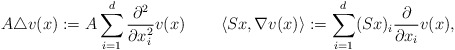
\begin{align*} A\triangle v(x):=A\sum_{i=1}^{d}\frac{\partial^2}{\partial x_i^2}v(x)\quad\quad\left\langle Sx,\nabla v(x)\right\rangle:=\sum_{i=1}^{d}(Sx)_i\frac{\partial}{\partial x_i}v(x),\end{align*}